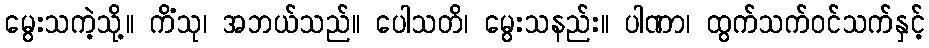
မွေးသကဲ့သို့။ ကိံသု၊ အဘယ်သည်။ ပေါသတိ၊ မွေးသနည်း။ ပါဏာ၊ ထွက်သက်ဝင်သက်နှင့်